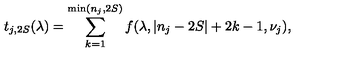
t _ { j , 2 S } ( \lambda ) = \sum _ { k = 1 } ^ { \mathrm { m i n } ( n _ { j } , 2 S ) } f ( \lambda , | n _ { j } - 2 S | + 2 k - 1 , \nu _ { j } ) ,